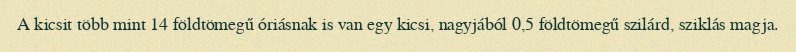
A kicsit több mint 14 földtömegű óriásnak is van egy kicsi, nagyjából 0,5 földtömegű szilárd, sziklás magja.